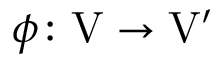
\phi \colon \mathrm { V } \rightarrow \mathrm { V } ^ { \prime }